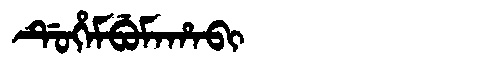
Manchu: ᡩᡠᡥᡝᠮᠪᡠᠮᠠᡥᠠᠪᡳ
Romanization: DUHEMBUMAHABI